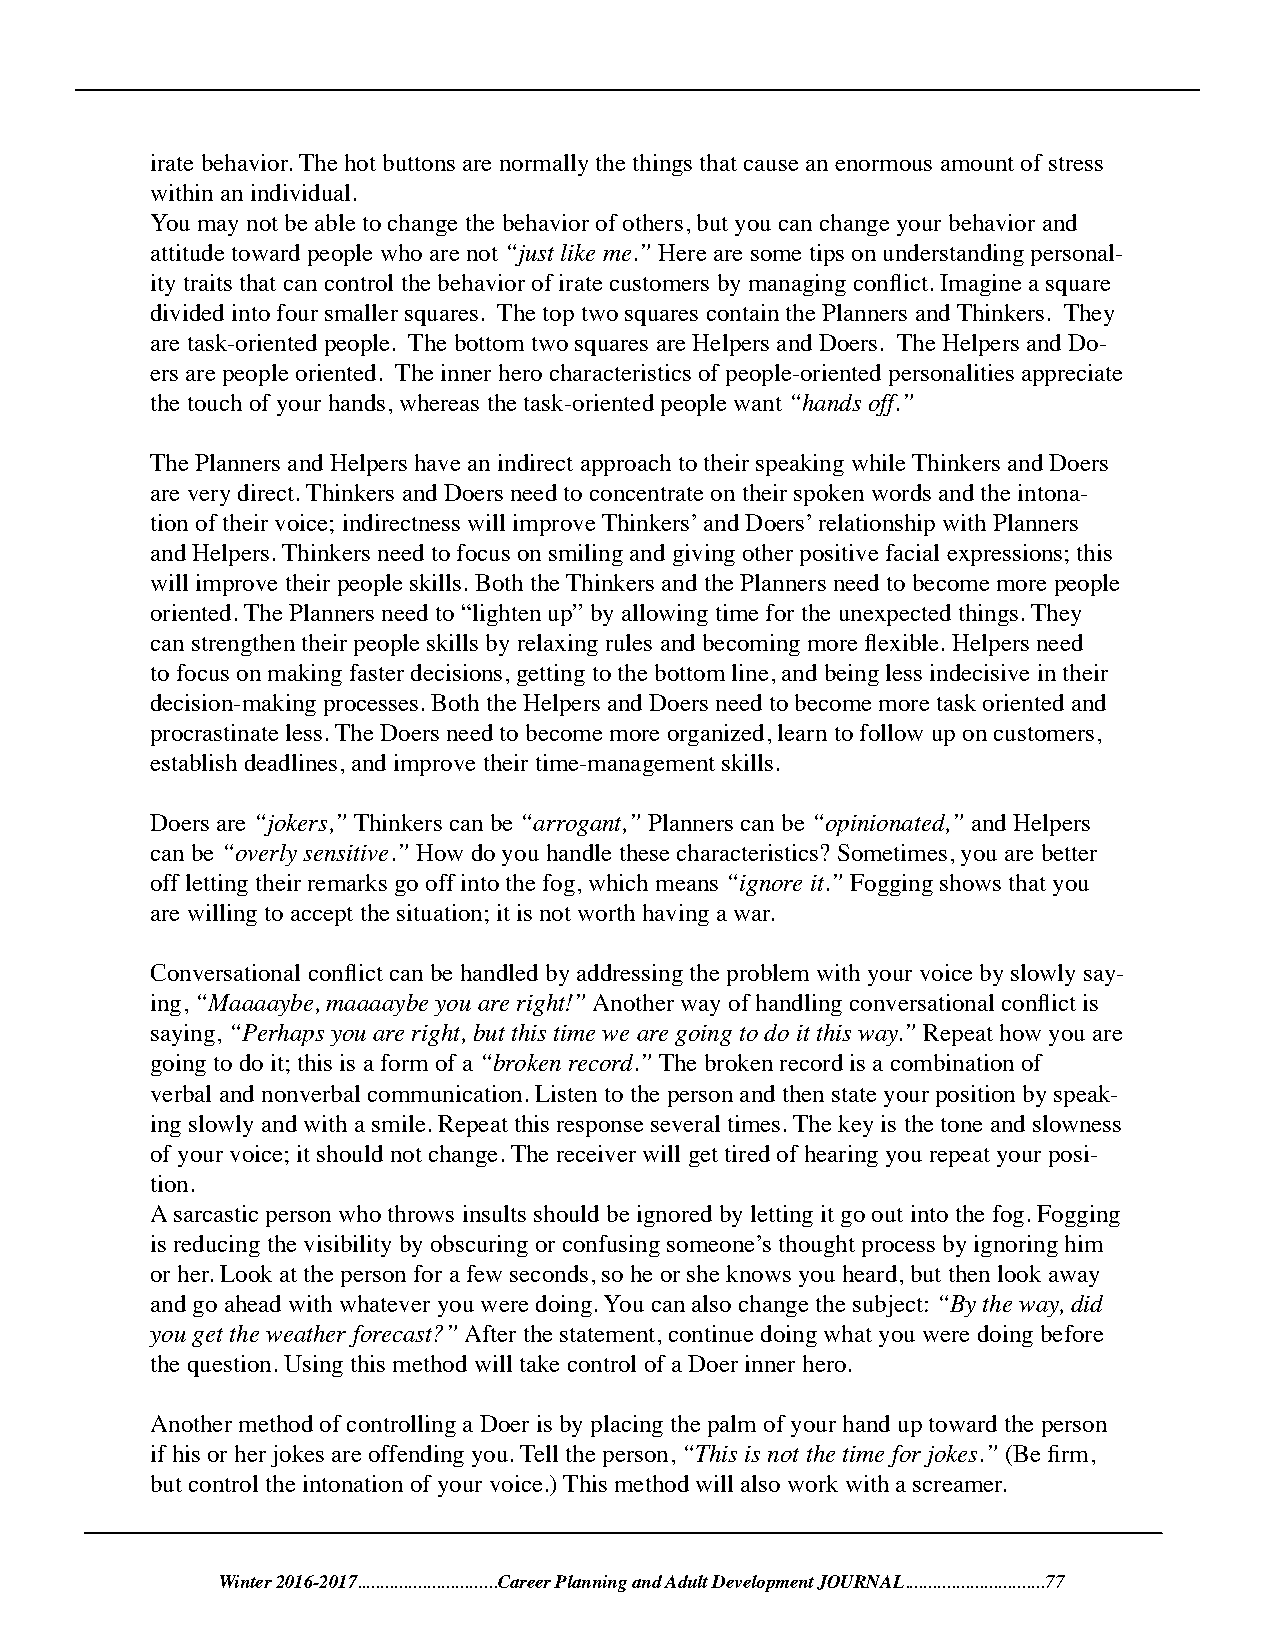
irate behavior. The hot buttons are normally the things that cause an enormous amount of stress
 within an individual.
 You may not be able to change the behavior of others, but you can change your behavior and
 attitude toward people who are not “just like me.” Here are some tips on understanding personal-
 ity traits that can control the behavior of irate customers by managing conflict. Imagine a square
 divided into four smaller squares. The top two squares contain the Planners and Thinkers. They
 are task-oriented people. The bottom two squares are Helpers and Doers. The Helpers and Do-
 ers are people oriented. The inner hero characteristics of people-oriented personalities appreciate
 the touch of your hands, whereas the task-oriented people want “hands off.”
 The Planners and Helpers have an indirect approach to their speaking while Thinkers and Doers
 are very direct. Thinkers and Doers need to concentrate on their spoken words and the intona-
 tion of their voice; indirectness will improve Thinkers’ and Doers’ relationship with Planners
 and Helpers. Thinkers need to focus on smiling and giving other positive facial expressions; this
 will improve their people skills. Both the Thinkers and the Planners need to become more people
 oriented. The Planners need to “lighten up” by allowing time for the unexpected things. They
 can strengthen their people skills by relaxing rules and becoming more flexible. Helpers need
 to focus on making faster decisions, getting to the bottom line, and being less indecisive in their
 decision-making processes. Both the Helpers and Doers need to become more task oriented and
 procrastinate less. The Doers need to become more organized, learn to follow up on customers,
 establish deadlines, and improve their time-management skills.
 Doers are “jokers,” Thinkers can be “arrogant,” Planners can be “opinionated,” and Helpers
 can be “overly sensitive.” How do you handle these characteristics? Sometimes, you are better
 off letting their remarks go off into the fog, which means “ignore it.” Fogging shows that you
 are willing to accept the situation; it is not worth having a war.
 Conversational conflict can be handled by addressing the problem with your voice by slowly say-
 ing, “Maaaaybe, maaaaybe you are right!” Another way of handling conversational conflict is
 saying, “Perhaps you are right, but this time we are going to do it this way.” Repeat how you are
 going to do it; this is a form of a “broken record.” The broken record is a combination of
 verbal and nonverbal communication. Listen to the person and then state your position by speak-
 ing slowly and with a smile. Repeat this response several times. The key is the tone and slowness
 of your voice; it should not change. The receiver will get tired of hearing you repeat your posi-
 tion.
 A sarcastic person who throws insults should be ignored by letting it go out into the fog. Fogging
 is reducing the visibility by obscuring or confusing someone’s thought process by ignoring him
 or her. Look at the person for a few seconds, so he or she knows you heard, but then look away
 and go ahead with whatever you were doing. You can also change the subject: “By the way, did
 you get the weather forecast?” After the statement, continue doing what you were doing before
 the question. Using this method will take control of a Doer inner hero.
 Another method of controlling a Doer is by placing the palm of your hand up toward the person
 if his or her jokes are offending you. Tell the person, “This is not the time for jokes.” (Be firm,
 but control the intonation of your voice.) This method will also work with a screamer.
 Winter 2016-2017..............................Career Planning and Adult Development JOURNAL..............................77